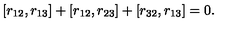
[ r _ { 1 2 } , r _ { 1 3 } ] + [ r _ { 1 2 } , r _ { 2 3 } ] + [ r _ { 3 2 } , r _ { 1 3 } ] = 0 .